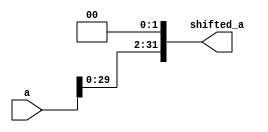

module shift_left2_32bit(a, 
						shifted_a);
	input wire[31:0] a;
	output wire[31:0] shifted_a;

	assign shifted_a = {a[29:0], 2'b00};

endmodule // shift_left2_32bit